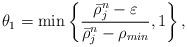
LaTeX: \begin{align*}\theta_1=\min\left\{\frac{\bar{\rho}_j^n-\varepsilon}{\bar{\rho}_j^n-\rho_{min}},1\right\},\end{align*}